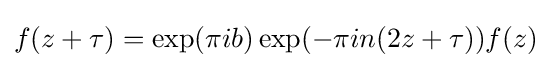
f(z+\tau )=\exp(\pi ib)\exp(-\pi in(2z+\tau ))f(z)